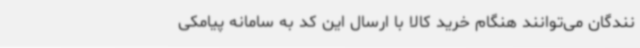
نندگان می‌توانند هنگام خرید کالا با ارسال این کد به سامانه پیامکی